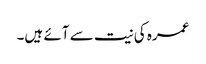
عمرہ کی نیت سے آئے ہیں۔